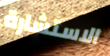
الاستشارة